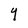
Character: Y